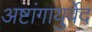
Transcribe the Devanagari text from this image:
अष्टांगायुर्वेद